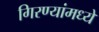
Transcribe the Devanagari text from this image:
गिरण्यांमध्ये